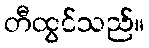
တီထွင်သည်။